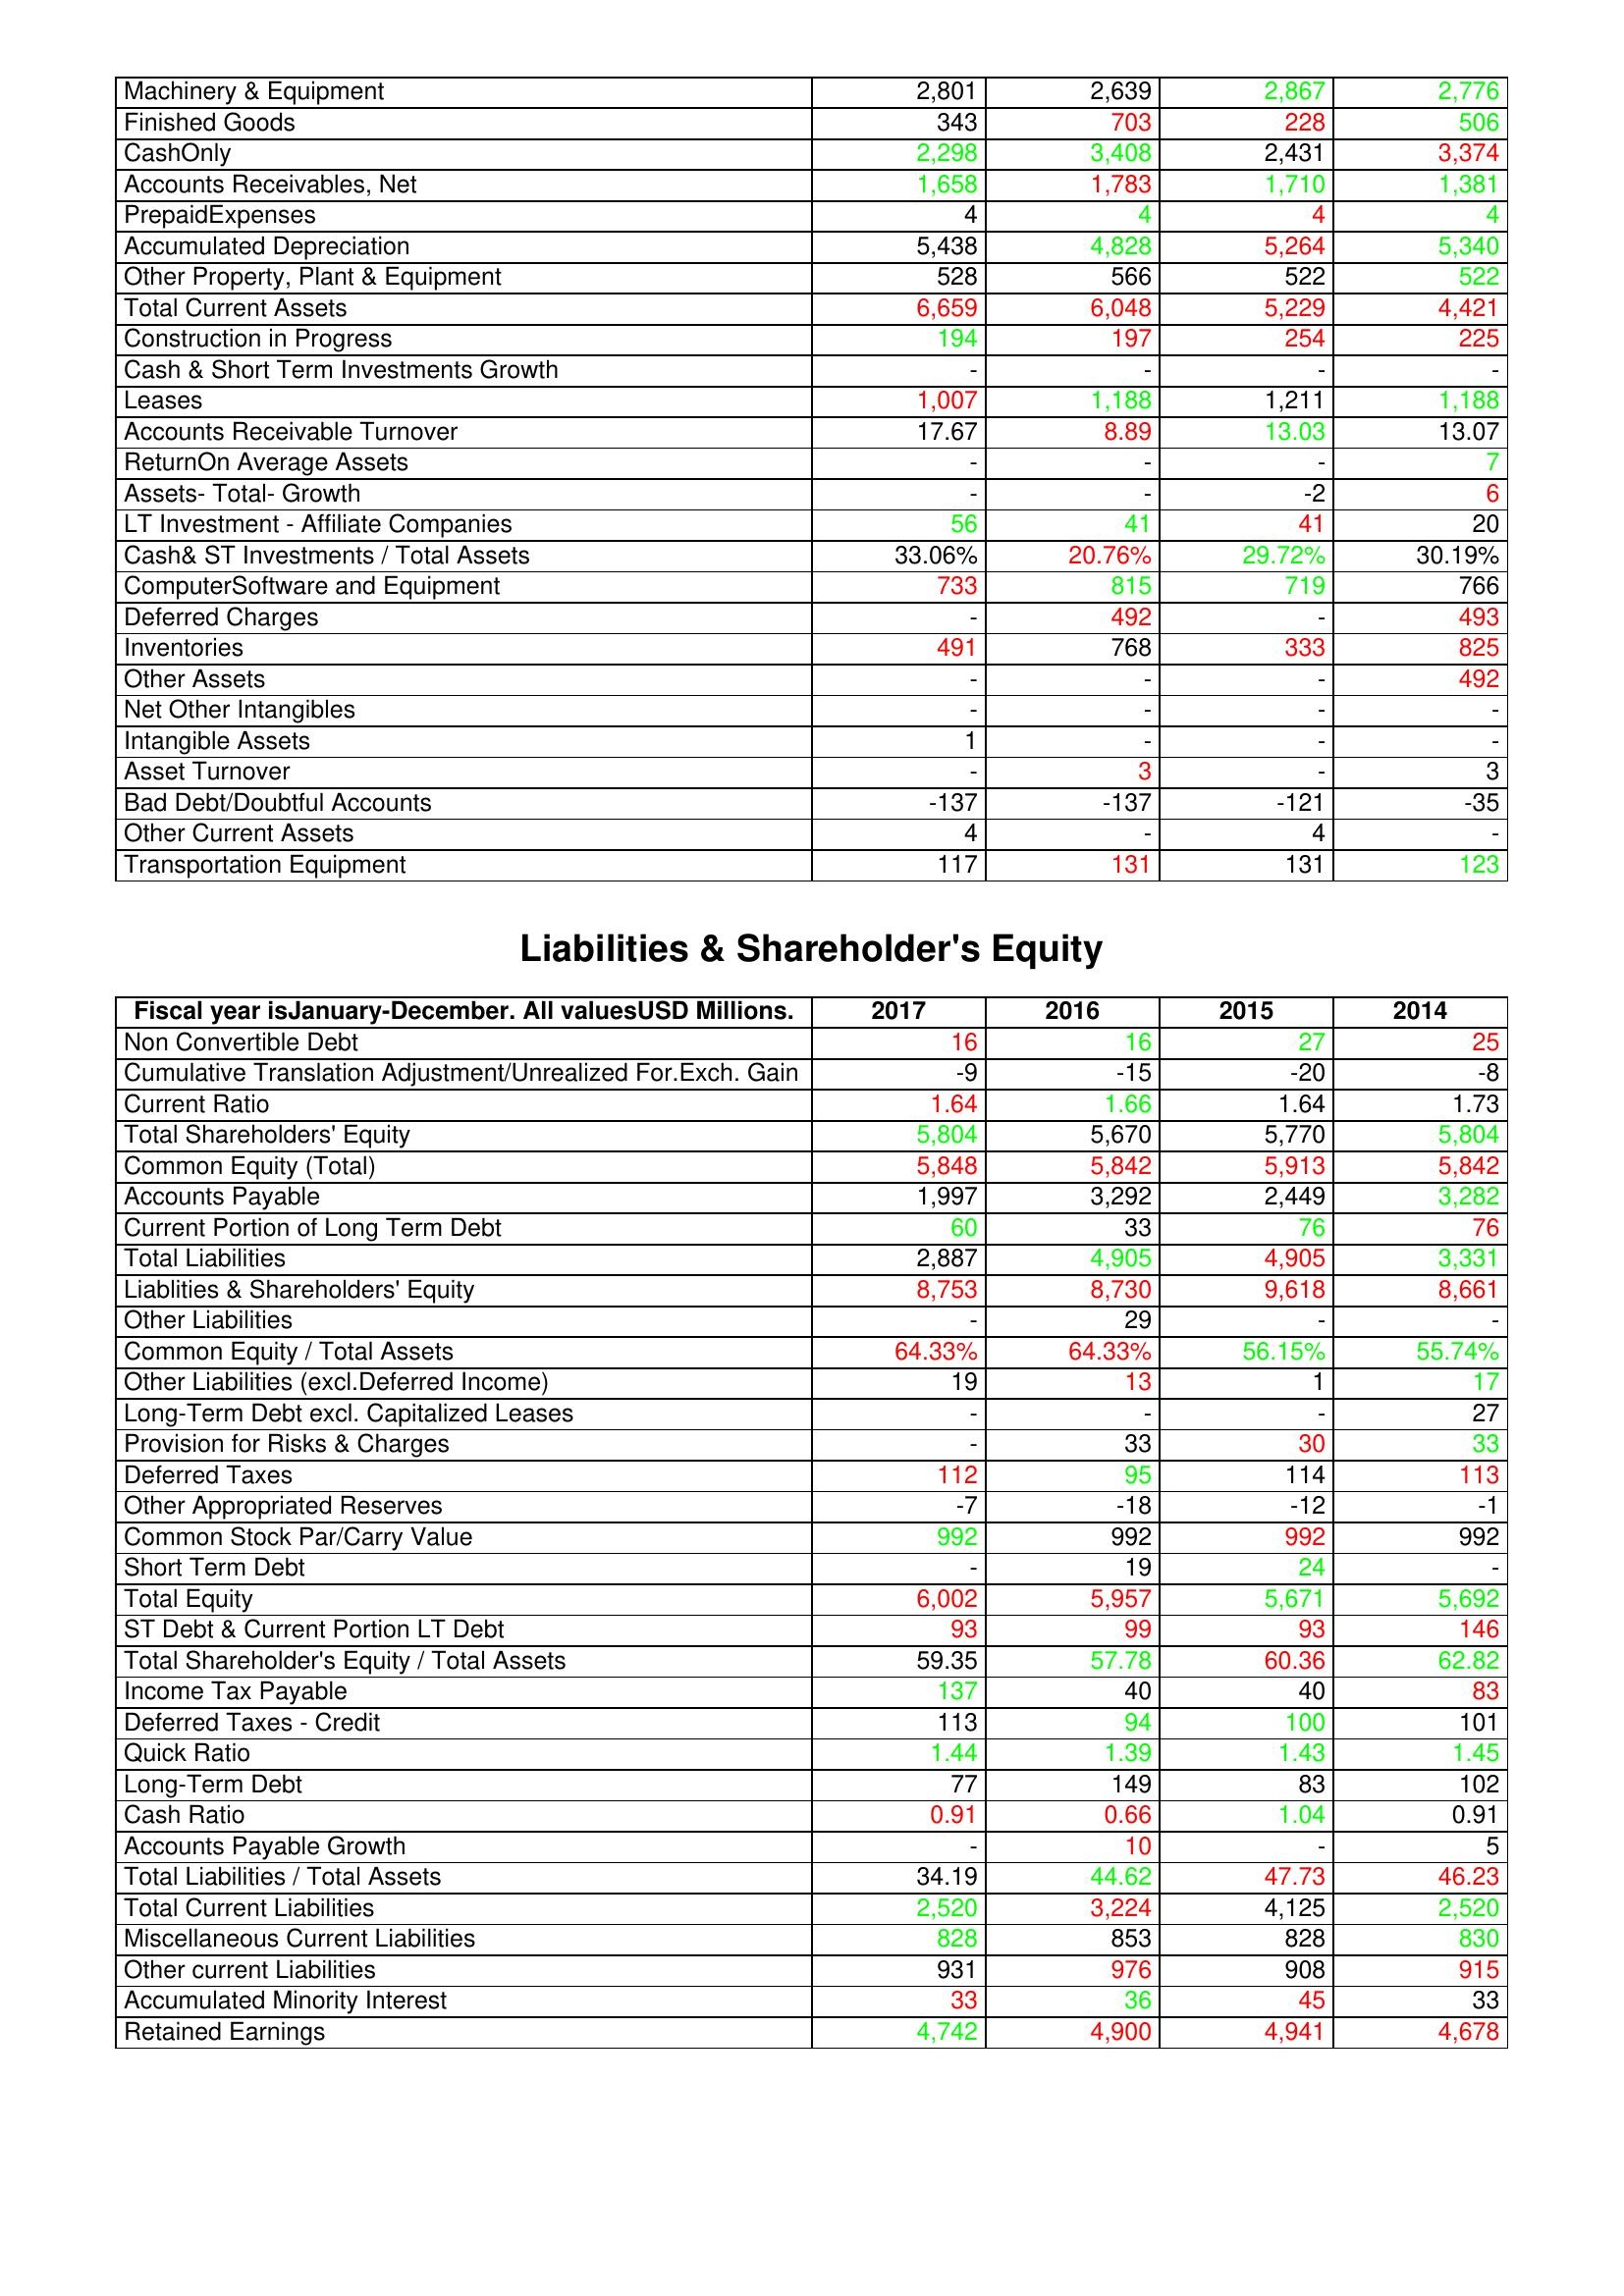
gt_parse: 2017: Assets: Machinery & Equipment: 2,801
Finished Goods: 343
CashOnly: 2,298
Accounts Receivables, Net: 1,658
PrepaidExpenses: 4
Accumulated Depreciation: 5,438
Other Property, Plant & Equipment: 528
Total Current Assets: 6,659
Construction in Progress: 194
Cash & Short Term Investments Growth: -
Leases: 1,007
Accounts Receivable Turnover: 17.67
ReturnOn Average Assets: -
Assets- Total- Growth: -
LT Investment - Affiliate Companies: 56
Cash& ST Investments / Total Assets: 33.06%
ComputerSoftware and Equipment: 733
Deferred Charges: -
Inventories: 491
Other Assets: -
Net Other Intangibles: -
Intangible Assets: 1
Asset Turnover: -
Bad Debt/Doubtful Accounts: -137
Other Current Assets: 4
Transportation Equipment: 117
Liabilities & Shareholder's Equity: Non Convertible Debt: 16
Cumulative Translation Adjustment/Unrealized For.Exch. Gain: -9
Current Ratio: 1.64
Total Shareholders' Equity: 5,804
Common Equity (Total): 5,848
Accounts Payable: 1,997
Current Portion of Long Term Debt: 60
Total Liabilities: 2,887
Liablities & Shareholders' Equity: 8,753
Other Liabilities: -
Common Equity / Total Assets: 64.33%
Other Liabilities (excl.Deferred Income): 19
Long-Term Debt excl. Capitalized Leases: -
Provision for Risks & Charges: -
Deferred Taxes: 112
Other Appropriated Reserves: -7
Common Stock Par/Carry Value: 992
Short Term Debt: -
Total Equity: 6,002
ST Debt & Current Portion LT Debt: 93
Total Shareholder's Equity / Total Assets: 59.35
Income Tax Payable: 137
Deferred Taxes - Credit: 113
Quick Ratio: 1.44
Long-Term Debt: 77
Cash Ratio: 0.91
Accounts Payable Growth: -
Total Liabilities / Total Assets: 34.19
Total Current Liabilities: 2,520
Miscellaneous Current Liabilities: 828
Other current Liabilities: 931
Accumulated Minority Interest: 33
Retained Earnings: 4,742
2016: Assets: Machinery & Equipment: 2,639
Finished Goods: 703
CashOnly: 3,408
Accounts Receivables, Net: 1,783
PrepaidExpenses: 4
Accumulated Depreciation: 4,828
Other Property, Plant & Equipment: 566
Total Current Assets: 6,048
Construction in Progress: 197
Cash & Short Term Investments Growth: -
Leases: 1,188
Accounts Receivable Turnover: 8.89
ReturnOn Average Assets: -
Assets- Total- Growth: -
LT Investment - Affiliate Companies: 41
Cash& ST Investments / Total Assets: 20.76%
ComputerSoftware and Equipment: 815
Deferred Charges: 492
Inventories: 768
Other Assets: -
Net Other Intangibles: -
Intangible Assets: -
Asset Turnover: 3
Bad Debt/Doubtful Accounts: -137
Other Current Assets: -
Transportation Equipment: 131
Liabilities & Shareholder's Equity: Non Convertible Debt: 16
Cumulative Translation Adjustment/Unrealized For.Exch. Gain: -15
Current Ratio: 1.66
Total Shareholders' Equity: 5,670
Common Equity (Total): 5,842
Accounts Payable: 3,292
Current Portion of Long Term Debt: 33
Total Liabilities: 4,905
Liablities & Shareholders' Equity: 8,730
Other Liabilities: 29
Common Equity / Total Assets: 64.33%
Other Liabilities (excl.Deferred Income): 13
Long-Term Debt excl. Capitalized Leases: -
Provision for Risks & Charges: 33
Deferred Taxes: 95
Other Appropriated Reserves: -18
Common Stock Par/Carry Value: 992
Short Term Debt: 19
Total Equity: 5,957
ST Debt & Current Portion LT Debt: 99
Total Shareholder's Equity / Total Assets: 57.78
Income Tax Payable: 40
Deferred Taxes - Credit: 94
Quick Ratio: 1.39
Long-Term Debt: 149
Cash Ratio: 0.66
Accounts Payable Growth: 10
Total Liabilities / Total Assets: 44.62
Total Current Liabilities: 3,224
Miscellaneous Current Liabilities: 853
Other current Liabilities: 976
Accumulated Minority Interest: 36
Retained Earnings: 4,900
2015: Assets: Machinery & Equipment: 2,867
Finished Goods: 228
CashOnly: 2,431
Accounts Receivables, Net: 1,710
PrepaidExpenses: 4
Accumulated Depreciation: 5,264
Other Property, Plant & Equipment: 522
Total Current Assets: 5,229
Construction in Progress: 254
Cash & Short Term Investments Growth: -
Leases: 1,211
Accounts Receivable Turnover: 13.03
ReturnOn Average Assets: -
Assets- Total- Growth: -2
LT Investment - Affiliate Companies: 41
Cash& ST Investments / Total Assets: 29.72%
ComputerSoftware and Equipment: 719
Deferred Charges: -
Inventories: 333
Other Assets: -
Net Other Intangibles: -
Intangible Assets: -
Asset Turnover: -
Bad Debt/Doubtful Accounts: -121
Other Current Assets: 4
Transportation Equipment: 131
Liabilities & Shareholder's Equity: Non Convertible Debt: 27
Cumulative Translation Adjustment/Unrealized For.Exch. Gain: -20
Current Ratio: 1.64
Total Shareholders' Equity: 5,770
Common Equity (Total): 5,913
Accounts Payable: 2,449
Current Portion of Long Term Debt: 76
Total Liabilities: 4,905
Liablities & Shareholders' Equity: 9,618
Other Liabilities: -
Common Equity / Total Assets: 56.15%
Other Liabilities (excl.Deferred Income): 1
Long-Term Debt excl. Capitalized Leases: -
Provision for Risks & Charges: 30
Deferred Taxes: 114
Other Appropriated Reserves: -12
Common Stock Par/Carry Value: 992
Short Term Debt: 24
Total Equity: 5,671
ST Debt & Current Portion LT Debt: 93
Total Shareholder's Equity / Total Assets: 60.36
Income Tax Payable: 40
Deferred Taxes - Credit: 100
Quick Ratio: 1.43
Long-Term Debt: 83
Cash Ratio: 1.04
Accounts Payable Growth: -
Total Liabilities / Total Assets: 47.73
Total Current Liabilities: 4,125
Miscellaneous Current Liabilities: 828
Other current Liabilities: 908
Accumulated Minority Interest: 45
Retained Earnings: 4,941
2014: Assets: Machinery & Equipment: 2,776
Finished Goods: 506
CashOnly: 3,374
Accounts Receivables, Net: 1,381
PrepaidExpenses: 4
Accumulated Depreciation: 5,340
Other Property, Plant & Equipment: 522
Total Current Assets: 4,421
Construction in Progress: 225
Cash & Short Term Investments Growth: -
Leases: 1,188
Accounts Receivable Turnover: 13.07
ReturnOn Average Assets: 7
Assets- Total- Growth: 6
LT Investment - Affiliate Companies: 20
Cash& ST Investments / Total Assets: 30.19%
ComputerSoftware and Equipment: 766
Deferred Charges: 493
Inventories: 825
Other Assets: 492
Net Other Intangibles: -
Intangible Assets: -
Asset Turnover: 3
Bad Debt/Doubtful Accounts: -35
Other Current Assets: -
Transportation Equipment: 123
Liabilities & Shareholder's Equity: Non Convertible Debt: 25
Cumulative Translation Adjustment/Unrealized For.Exch. Gain: -8
Current Ratio: 1.73
Total Shareholders' Equity: 5,804
Common Equity (Total): 5,842
Accounts Payable: 3,282
Current Portion of Long Term Debt: 76
Total Liabilities: 3,331
Liablities & Shareholders' Equity: 8,661
Other Liabilities: -
Common Equity / Total Assets: 55.74%
Other Liabilities (excl.Deferred Income): 17
Long-Term Debt excl. Capitalized Leases: 27
Provision for Risks & Charges: 33
Deferred Taxes: 113
Other Appropriated Reserves: -1
Common Stock Par/Carry Value: 992
Short Term Debt: -
Total Equity: 5,692
ST Debt & Current Portion LT Debt: 146
Total Shareholder's Equity / Total Assets: 62.82
Income Tax Payable: 83
Deferred Taxes - Credit: 101
Quick Ratio: 1.45
Long-Term Debt: 102
Cash Ratio: 0.91
Accounts Payable Growth: 5
Total Liabilities / Total Assets: 46.23
Total Current Liabilities: 2,520
Miscellaneous Current Liabilities: 830
Other current Liabilities: 915
Accumulated Minority Interest: 33
Retained Earnings: 4,678